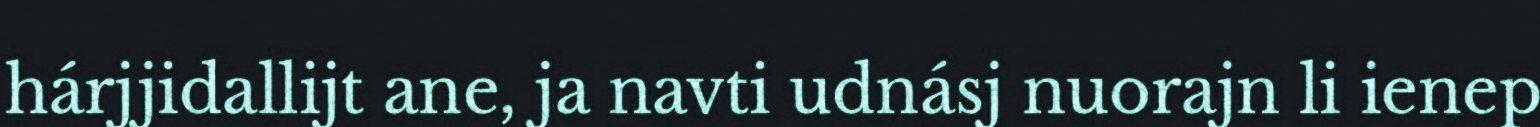
hárjjidallijt ane, ja navti udnásj nuorajn li ienep